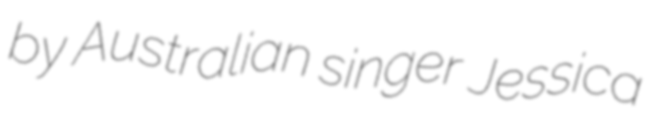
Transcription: by Australian singer Jessica